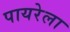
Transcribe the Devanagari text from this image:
पायरेला